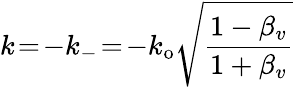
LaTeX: k\! =\! -k_{-}\! =\! -k_{\mathrm{o}}\sqrt{\frac{1-\beta_{v}}{1+\beta_{v}}}